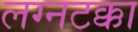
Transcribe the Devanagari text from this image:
लग्नटक्का